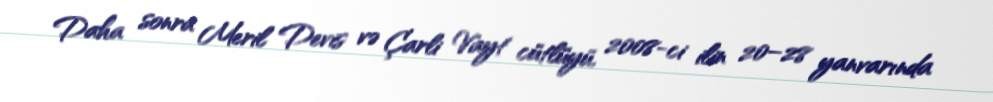
Daha sonra Meril Devis və Çarli Vayt cütlüyü, 2008-ci ilin 20–28 yanvarında